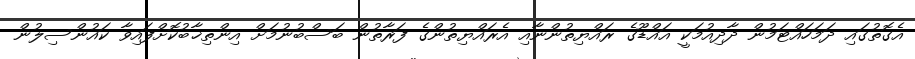
އެގޮތުގައި ދަމަހައްޓަމުން ދާދިއުމަކީ އައްޑޫގެ ރައްޔިތުންނާއި އެރައްޔިތުންގެ ފަރާތުން ބަސްބުނުމަށް އިންތިޚާބުކޮށްފައިވާ ކައުންސިލުން